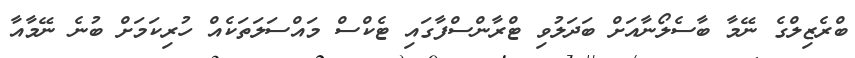
ބްރެޒިލްގެ ނޭމާ ބާސެލޯނާއަށް ބަދަލުވި ޓްރާންސްފާގައި ޓެކްސް މައްސަލަތަކެއް ހުރިކަމަށް ބުނެ ނޭމާއާ